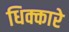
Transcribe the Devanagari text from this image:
धिक्कारे